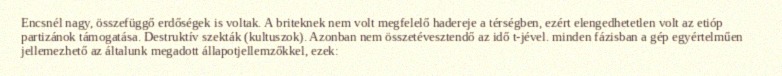
Encsnél nagy, összefüggő erdőségek is voltak. A briteknek nem volt megfelelő hadereje a térségben, ezért elengedhetetlen volt az etióp partizánok támogatása. Destruktív szekták (kultuszok). Azonban nem összetévesztendő az idő t-jével. minden fázisban a gép egyértelműen jellemezhető az általunk megadott állapotjellemzőkkel, ezek: